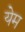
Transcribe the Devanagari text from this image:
येम